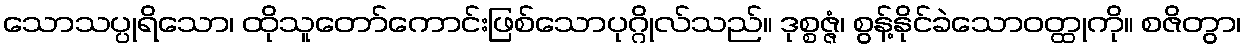
သောသပ္ပုရိသော၊ ထိုသူတော်ကောင်းဖြစ်သောပုဂ္ဂိုလ်သည်။ ဒုစ္စဇ္ဇံ၊ စွန့်နိုင်ခဲသောဝတ္ထုကို။ စဇိတွာ၊